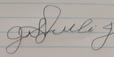
Signature authenticity: forged